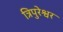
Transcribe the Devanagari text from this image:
त्रिपुरेश्वर